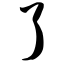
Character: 了